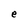
Character: e